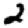
Digit: 2